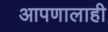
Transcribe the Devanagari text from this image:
आपणालाही